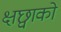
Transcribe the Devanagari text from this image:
क्षछ्वाको